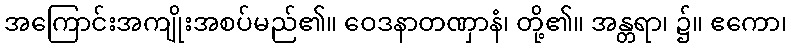
အကြောင်းအကျိုးအစပ်မည်၏။ ဝေဒနာတဏှာနံ၊ တို့၏။ အန္တရာ၊ ၌။ ဧကော၊